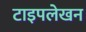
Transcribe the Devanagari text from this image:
टाइपलेखन